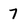
Character: 7